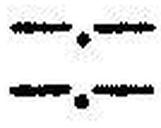
—.—